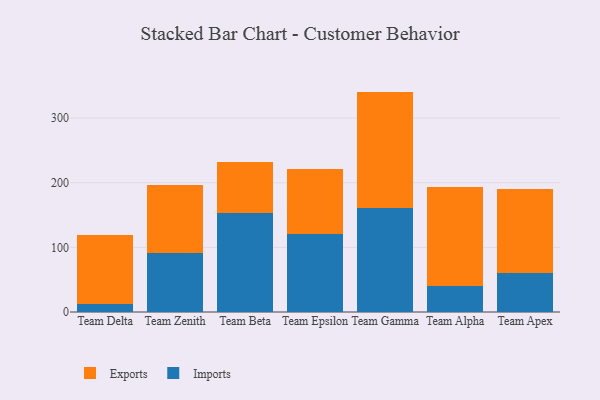
{"axis": {"x": "Team", "y": "Page Views"}, "legend": ["Exports", "Imports"], "data": [{"x": "Team Delta", "y": 12.3, "type": "Imports"}, {"x": "Team Delta", "y": 106.6, "type": "Exports"}, {"x": "Team Zenith", "y": 91.9, "type": "Imports"}, {"x": "Team Zenith", "y": 105.0, "type": "Exports"}, {"x": "Team Beta", "y": 152.8, "type": "Imports"}, {"x": "Team Beta", "y": 79.0, "type": "Exports"}, {"x": "Team Epsilon", "y": 121.1, "type": "Imports"}, {"x": "Team Epsilon", "y": 99.6, "type": "Exports"}, {"x": "Team Gamma", "y": 161.3, "type": "Imports"}, {"x": "Team Gamma", "y": 179.7, "type": "Exports"}, {"x": "Team Alpha", "y": 39.9, "type": "Imports"}, {"x": "Team Alpha", "y": 153.8, "type": "Exports"}, {"x": "Team Apex", "y": 60.4, "type": "Imports"}, {"x": "Team Apex", "y": 130.6, "type": "Exports"}]}